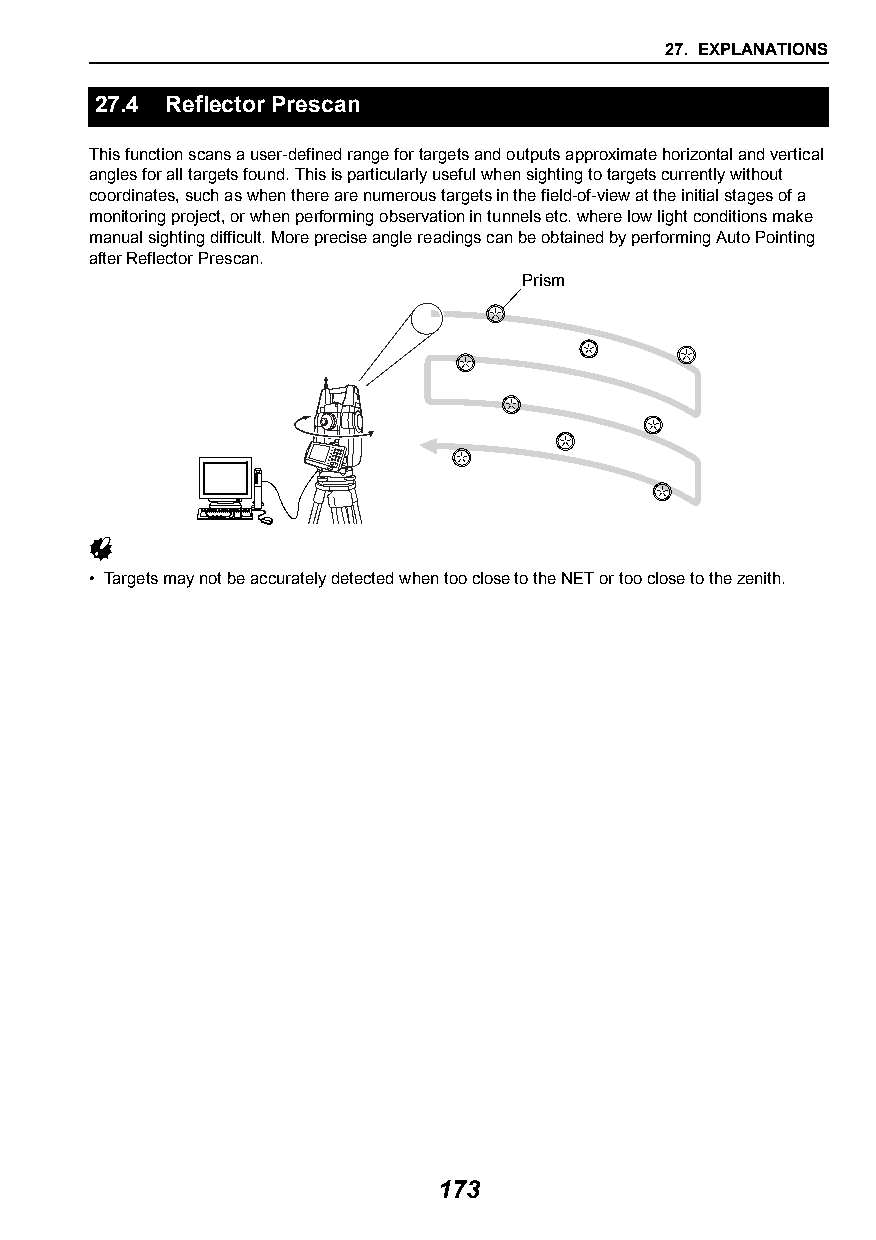
27. EXPLANATIONS
 27.4 Reflector Prescan
 This function scans a user-defined range for targets and outputs approximate horizontal and vertical
 angles for all targets found. This is particularly useful when sighting to targets currently without
 coordinates, such as when there are numerous targets in the field-of-view at the initial stages of a
 monitoring project, or when performing observation in tunnels etc. where low light conditions make
 manual sighting difficult. More precise angle readings can be obtained by performing Auto Pointing
 after Reflector Prescan.
 Prism
 
 • Targets may not be accurately detected when too close to the NET or too close to the zenith.
 173